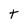
Character: t